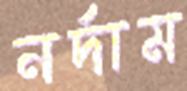
নর্দাম